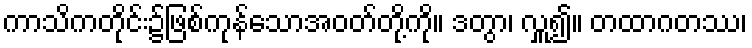
ကာသိကတိုင်း၌ဖြစ်ကုန်သောအဝတ်တို့ကို။ ဒတွာ၊ လှူ၍။ တထာဂတဿ၊